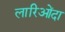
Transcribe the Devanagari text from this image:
लारिओंदा